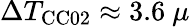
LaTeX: \Delta T_{\mathrm{CC02}}\approx 3.6~\mu